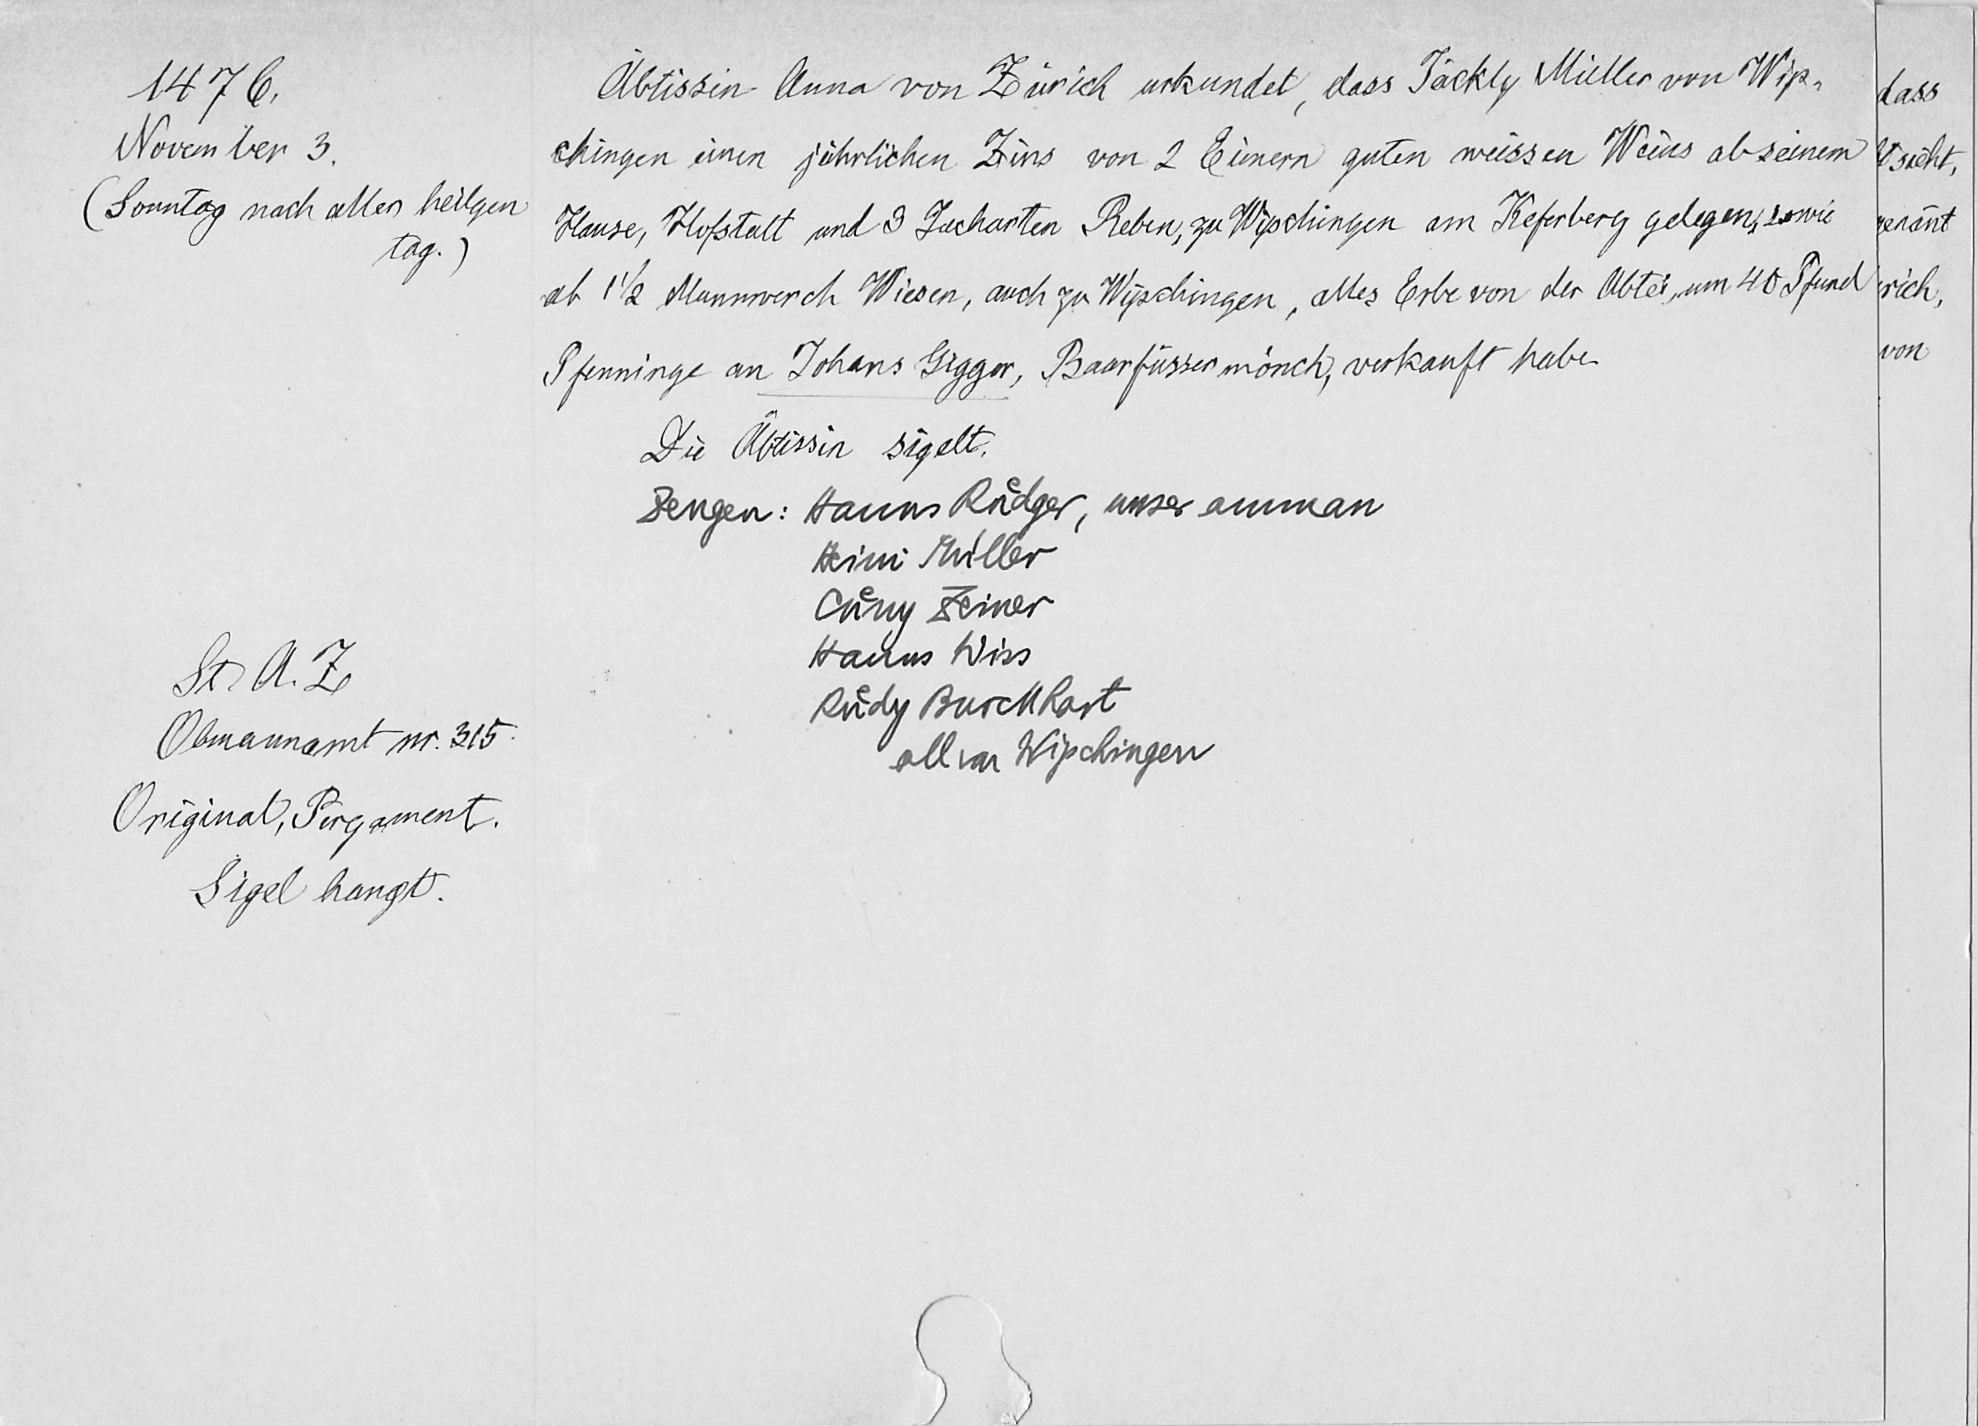
1476.
November 3.
(Sonntag nach aller heiligen
tag.)
St. A. Z.
Obmannamt nr. 315.
Original, Pergament.
Sigel hangt.

Äbtissin Anna von Zürich urkundet, dass Jäckly Müller von Wip¬
chingen einen jährlichen Zins von 2 Einern guten weissen Weins ab seinem
Hause, Hofstatt und 3 Jucharten Reben, zu Wipchingen am Keferberg gelegen, sowie
ab 1 1/2 Mannwerck Wiesen, auch zu Wipchingen, alles Erbe von der Abtei, um 40 Pfund
Pfenninge an Johans Gigger, Baarfüssermönch, verkauft habe.
Die Äbtissin sigelt.
Zeugen: Hann Ruͤdger, unser amman
Heini Müller
Cuͤny Zeiner
Hanns Wiss
Ruͤdy Burckhart
all von Wipchingen